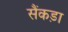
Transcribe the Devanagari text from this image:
सैंकड़ा